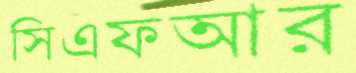
সিএফআর